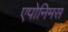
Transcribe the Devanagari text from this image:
एपोनिमस